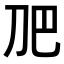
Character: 𭃋